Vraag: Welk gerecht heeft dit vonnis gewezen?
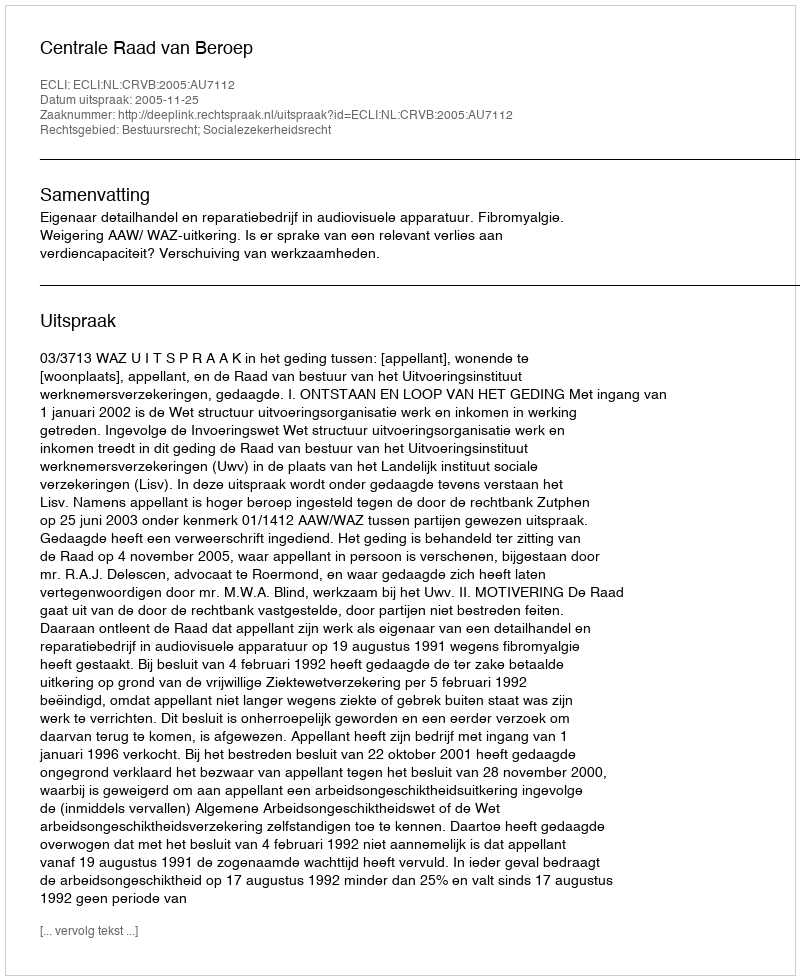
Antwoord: Centrale Raad van Beroep